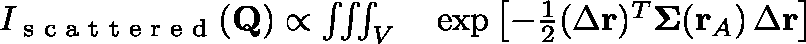
\begin{array} { r l } { I _ { \textrm { s c a t t e r e d } } ( \mathbf { Q } ) \propto \iiint _ { V } } & { { } \exp \left[ - \frac { 1 } { 2 } ( \Delta \mathbf { r } ) ^ { T } \mathbf { \Sigma } ( \mathbf { r } _ { A } ) \, \Delta \mathbf { r } \right] } \end{array}